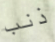
ذنب